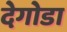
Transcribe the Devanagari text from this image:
देगोडा